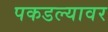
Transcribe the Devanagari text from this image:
पकडल्यावर